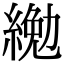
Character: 𦂔